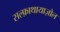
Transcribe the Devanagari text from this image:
सल्फ़ाथायाज़ोल